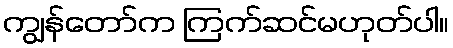
ကျွန်တော်က ကြက်ဆင်မဟုတ်ပါ။